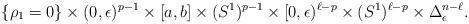
LaTeX: \begin{align*}\{\rho_1=0\}\times(0,\epsilon)^{p-1}\times[a,b]\times (S^1)^{p-1}\times[0,\epsilon)^{\ell-p}\times(S^1)^{\ell-p}\times\Delta_\epsilon^{n-\ell}.\end{align*}